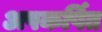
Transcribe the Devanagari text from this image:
अपकर्षित